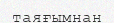
таяғымнан